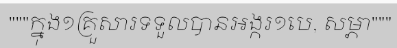
"""ក្នុង១គ្រួសារទទួលបានអង្ករ១បេ, សម្ភា"""